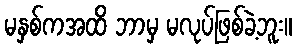
မနှစ်ကအထိ ဘာမှ မလုပ်ဖြစ်ခဲ့ဘူး။